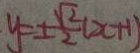
y = \pm \frac { \sqrt { 2 } } { 2 } ( x + 1 )